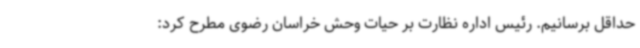
حداقل برسانیم. رئیس اداره نظارت بر حیات وحش خراسان رضوی مطرح کرد: